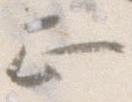
正